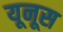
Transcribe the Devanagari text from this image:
यूनूस